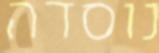
נוסדה